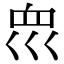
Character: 𡿻